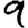
Digit: 9